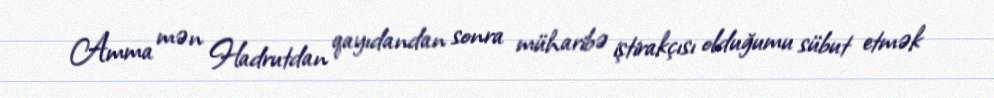
Amma mən Hadrutdan qayıdandan sonra müharibə iştirakçısı olduğumu sübut etmək